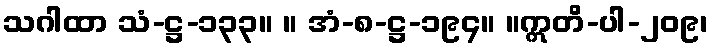
သဂါထာ သံ-ဋ္ဌ-၁၃၃။ ။ အံ-၈-ဋ္ဌ-၁၉၄။ ။ဣတိ-ပါ-၂၀၉၊